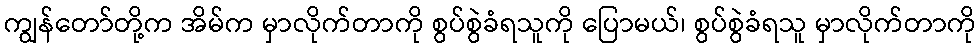
ကျွန်တော်တို့က အိမ်က မှာလိုက်တာကို စွပ်စွဲခံရသူကို ပြောမယ်၊ စွပ်စွဲခံရသူ မှာလိုက်တာကို